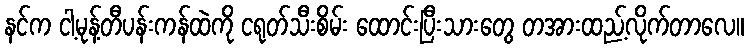
နင်က ငါ့မုန့်တီပန်းကန်ထဲကို ငရုတ်သီးစိမ်း ထောင်းပြီးသားတွေ တအားထည့်လိုက်တာလေ။